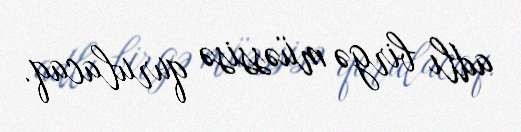
adlı birgə müəssisə qurulacaq.